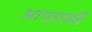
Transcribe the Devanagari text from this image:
आग्राची